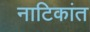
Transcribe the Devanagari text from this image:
नाटिकांत